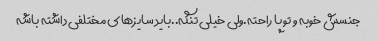
جنسش خوبه و تو پا راحته.ولی خیلی تنگه..باید سایزهای مختلفی داشته باشه